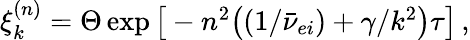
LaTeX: \begin{array}{r}{\xi_{k}^{(n)}=\Theta\exp\big[-n^{2}\big((1/\bar{\nu}_{ei})+\gamma/k^{2}\big)\tau\big]\, ,}\end{array}